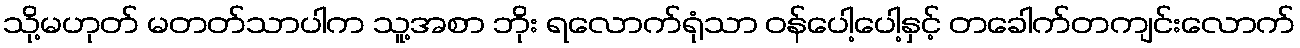
သို့မဟုတ် မတတ်သာပါက သူ့အစာ ဘိုး ရလောက်ရုံသာ ဝန်ပေါ့ပေါ့နှင့် တခေါက်တကျင်းလောက်